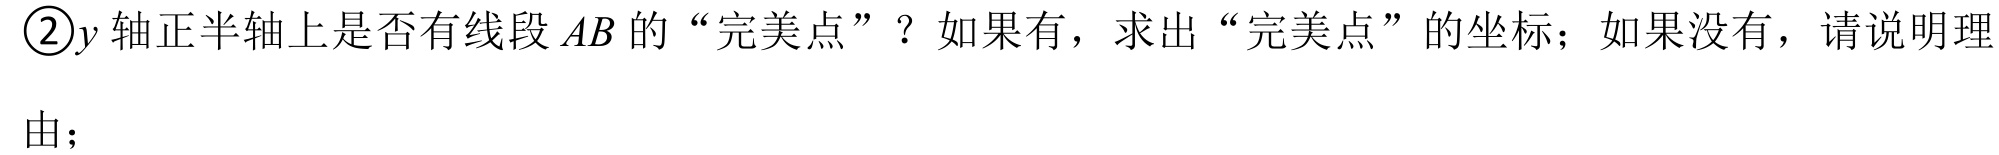
\textcircled{2}\(y\)轴正半轴上是否有线段\(AB\)的“完美点”？如果有，求出“完美点”的坐标；如果没有，请说明理\\
由；